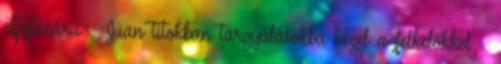
elfojtására – Jüan titokban tárgyalásokba kezd a felkelőkkel –